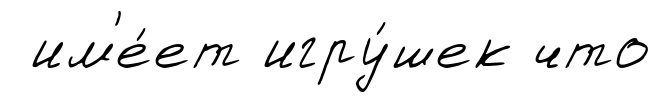
им'е́ет игру́шек что